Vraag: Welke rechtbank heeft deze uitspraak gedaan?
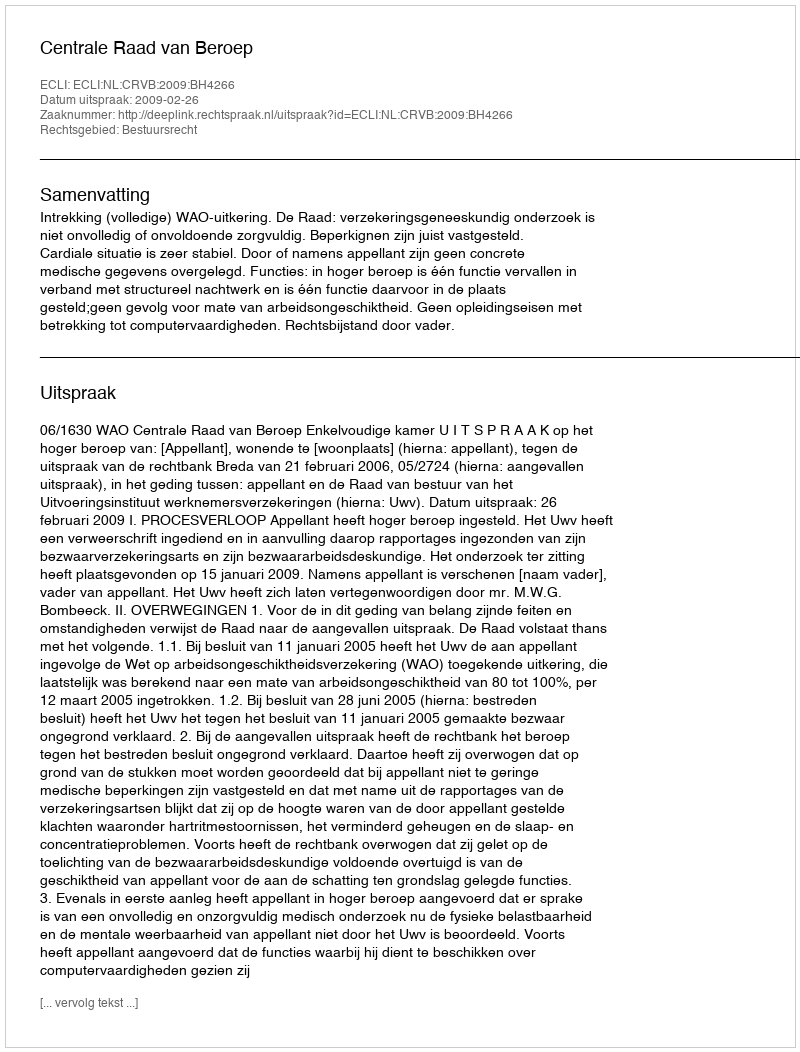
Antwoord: Centrale Raad van Beroep